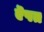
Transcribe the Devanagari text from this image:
ऎपत